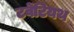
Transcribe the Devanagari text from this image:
टवेंटियथ